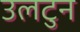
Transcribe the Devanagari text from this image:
उलटुन